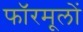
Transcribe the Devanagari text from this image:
फॉरमूलों